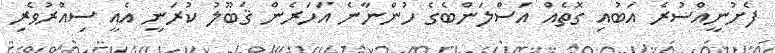
ފެށުނީއްސުރެ އަބުއި ގޮތެއް އަސްލަންބެގެ ހުންނާނެ އަހަރެން ޤަބޫލު ކުރަނީ އެއީ ސިއްރުވެރި